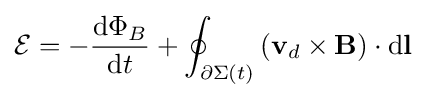
{\mathcal {E}}=-{\frac {\mathrm {d} \Phi _{B}}{\mathrm {d} t}}+\oint _{\partial \Sigma (t)}\left(\mathbf {v} _{d}\times \mathbf {B} \right)\cdot \mathrm {d} \mathbf {l}